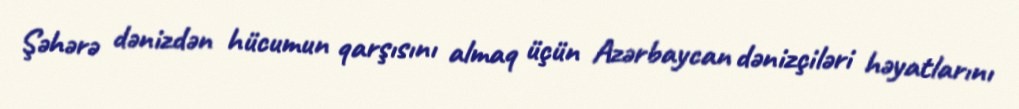
Şəhərə dənizdən hücumun qarşısını almaq üçün Azərbaycan dənizçiləri həyatlarını